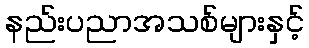
နည်းပညာအသစ်များနှင့်